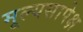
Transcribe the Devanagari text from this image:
मूल्यसापेक्ष